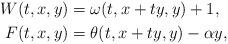
LaTeX: \begin{align*} W(t,x,y)&= \omega(t,x+ty,y)+1,\\ F(t,x,y)&= \theta(t,x+ty,y)- \alpha y,\end{align*}